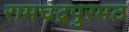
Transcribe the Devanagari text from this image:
रामचद्रपुरमठ